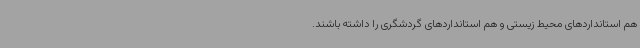
هم استانداردهای محیط زیستی و هم استانداردهای گردشگری را داشته باشند.